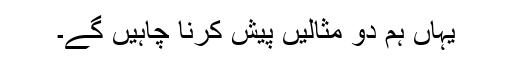
یہاں ہم دو مثالیں پیش کرنا چاہیں گے۔